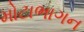
મોટાભાગન